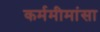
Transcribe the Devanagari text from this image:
कर्ममीमांसा